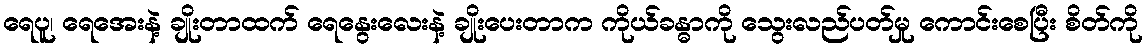
ရေပူ၊ ရေအေးနဲ့ ချိုးတာထက် ရေနွေးလေးနဲ့ ချိုးပေးတာက ကိုယ်ခန္ဓာကို သွေးလည်ပတ်မှု ကောင်းစေပြီး စိတ်ကို